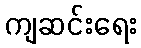
ကျဆင်းရေး